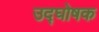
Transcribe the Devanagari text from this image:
उद्‍घोषक